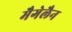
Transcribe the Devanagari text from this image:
मैगेलैन